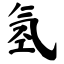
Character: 氢